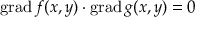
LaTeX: \operatorname { g r a d } f ( x , y ) \cdot \operatorname { g r a d } g ( x , y ) = 0